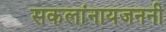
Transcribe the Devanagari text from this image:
सकलांनायजननी